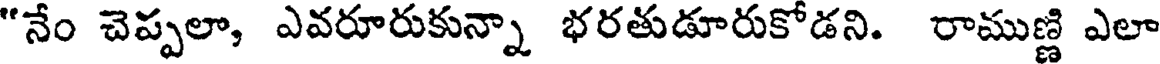
"నేం చెప్పలా, ఎవరూరుకున్నా భరతుడూరుకోడని. రాముణ్ణి ఎలా